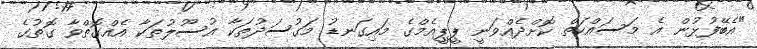
"އެބޭފުޅުން އެ މަސައްކަތް ކޮށްދެއްވަނީ ޕީޕީއެމްގެ މައިގަނޑު މަގުސަދުތަކާ އުސޫލުތަކާ އެއްގޮތްވާ ގޮތުގެ